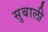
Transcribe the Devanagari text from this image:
सुबाली